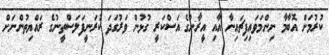
ކުރުމަށް އޮބާމާ ނިންމަވައިފިޗައިނާ އާއި އީރާނުގެ އަސްކަރީ ގުޅުން ވަރުގަދަ ކުރަނީފަލަސްތީނުގެ ރައްޔިތުންނަށް